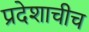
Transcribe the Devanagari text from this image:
प्रदेशाचीच